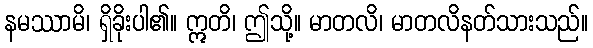
နမဿာမိ၊ ရှိခိုးပါ၏။ ဣတိ၊ ဤသို့။ မာတလိ၊ မာတလိနတ်သားသည်။